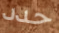
حدد